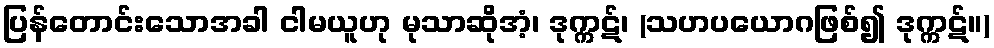
ပြန်တောင်းသောအခါ ငါမယူဟု မုသာဆိုအံ့၊ ဒုက္ကဋ်၊ (သဟပယောဂဖြစ်၍ ဒုက္ကဋ်။)